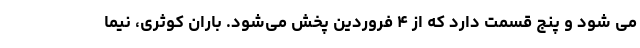
می شود و پنج قسمت دارد که از ۴ فروردین پخش می‌شود. باران کوثری، نیما